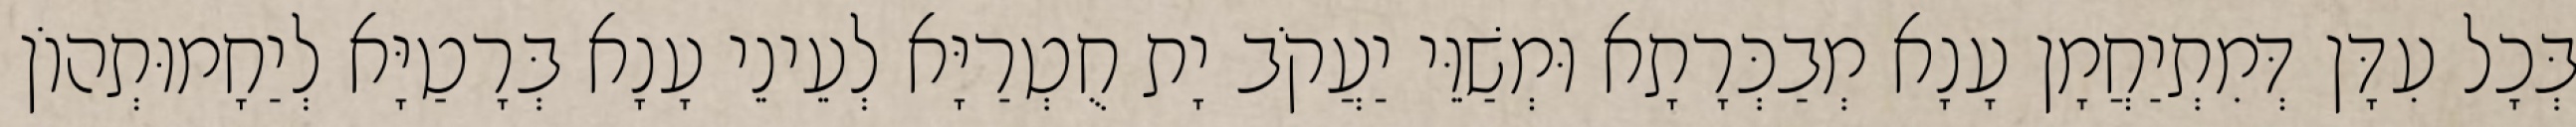
בְּכָל עִדָּן דְּמִתְיַחֲמָן עָנָא מְבַכְּרָתָא וּמְשַׁוֵּי יַעֲקֹב יָת חֻטְרַיָּא לְעֵינֵי עָנָא בְּרָטַיָּא לְיַחָמוּתְהוֹן